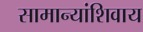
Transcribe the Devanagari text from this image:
सामान्यांशिवाय